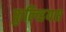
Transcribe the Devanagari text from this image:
फुल्व्हियस